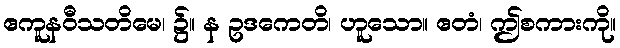
ဧကူနဝီသတိမေ၊ ၌။ န ဥဒကေတိ၊ ဟူသော။ ဧတံ၊ ဤစကားကို။